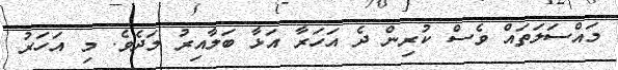
މައްސަލަތައް ވެސް ކުރިން ދެ އަހަރާ އަޅާ ބަލާއިރު މަދެވެ. މި އަހަރު